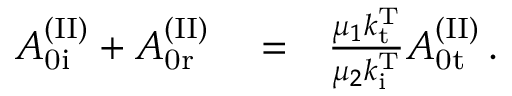
\begin{array} { r l r } { A _ { \mathrm { 0 i } } ^ { \mathrm { ( I I ) } } + A _ { \mathrm { 0 r } } ^ { \mathrm { ( I I ) } } } & { { } = } & { \frac { \mu _ { 1 } k _ { \mathrm { t } } ^ { \mathrm { T } } } { \mu _ { 2 } k _ { \mathrm { i } } ^ { \mathrm { T } } } A _ { \mathrm { 0 t } } ^ { \mathrm { ( I I ) } } \, . } \end{array}